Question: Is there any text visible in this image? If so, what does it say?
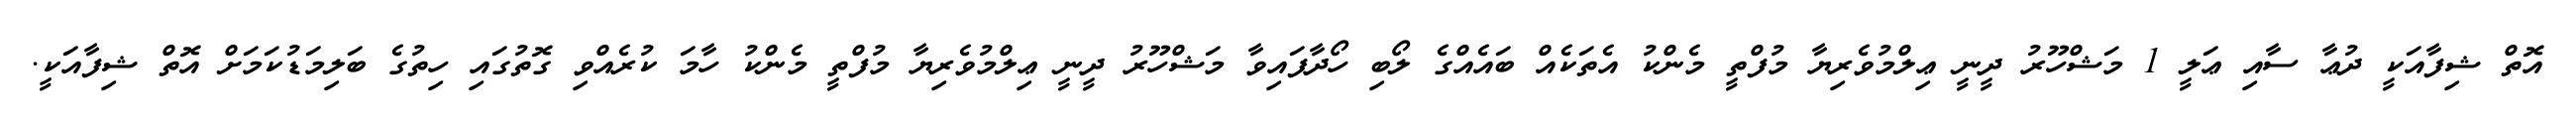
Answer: އޮތް ޝިފާއަކީ ދުޢާ ސާއި ޢަލީ 1 މަޝްހޫރު ދީނީ ޢިލްމުވެރިޔާ މުފްތީ މެންކު އެތަކެއް ބައެއްގެ ލޯބި ހޯދާފައިވާ މަޝްހޫރު ދީނީ ޢިލްމުވެރިޔާ މުފްތީ މެންކު ހާމަ ކުރެއްވި ގޮތުގައި ހިތުގެ ބަލިމަޑުކަމަށް އޮތް ޝިފާއަކީ.